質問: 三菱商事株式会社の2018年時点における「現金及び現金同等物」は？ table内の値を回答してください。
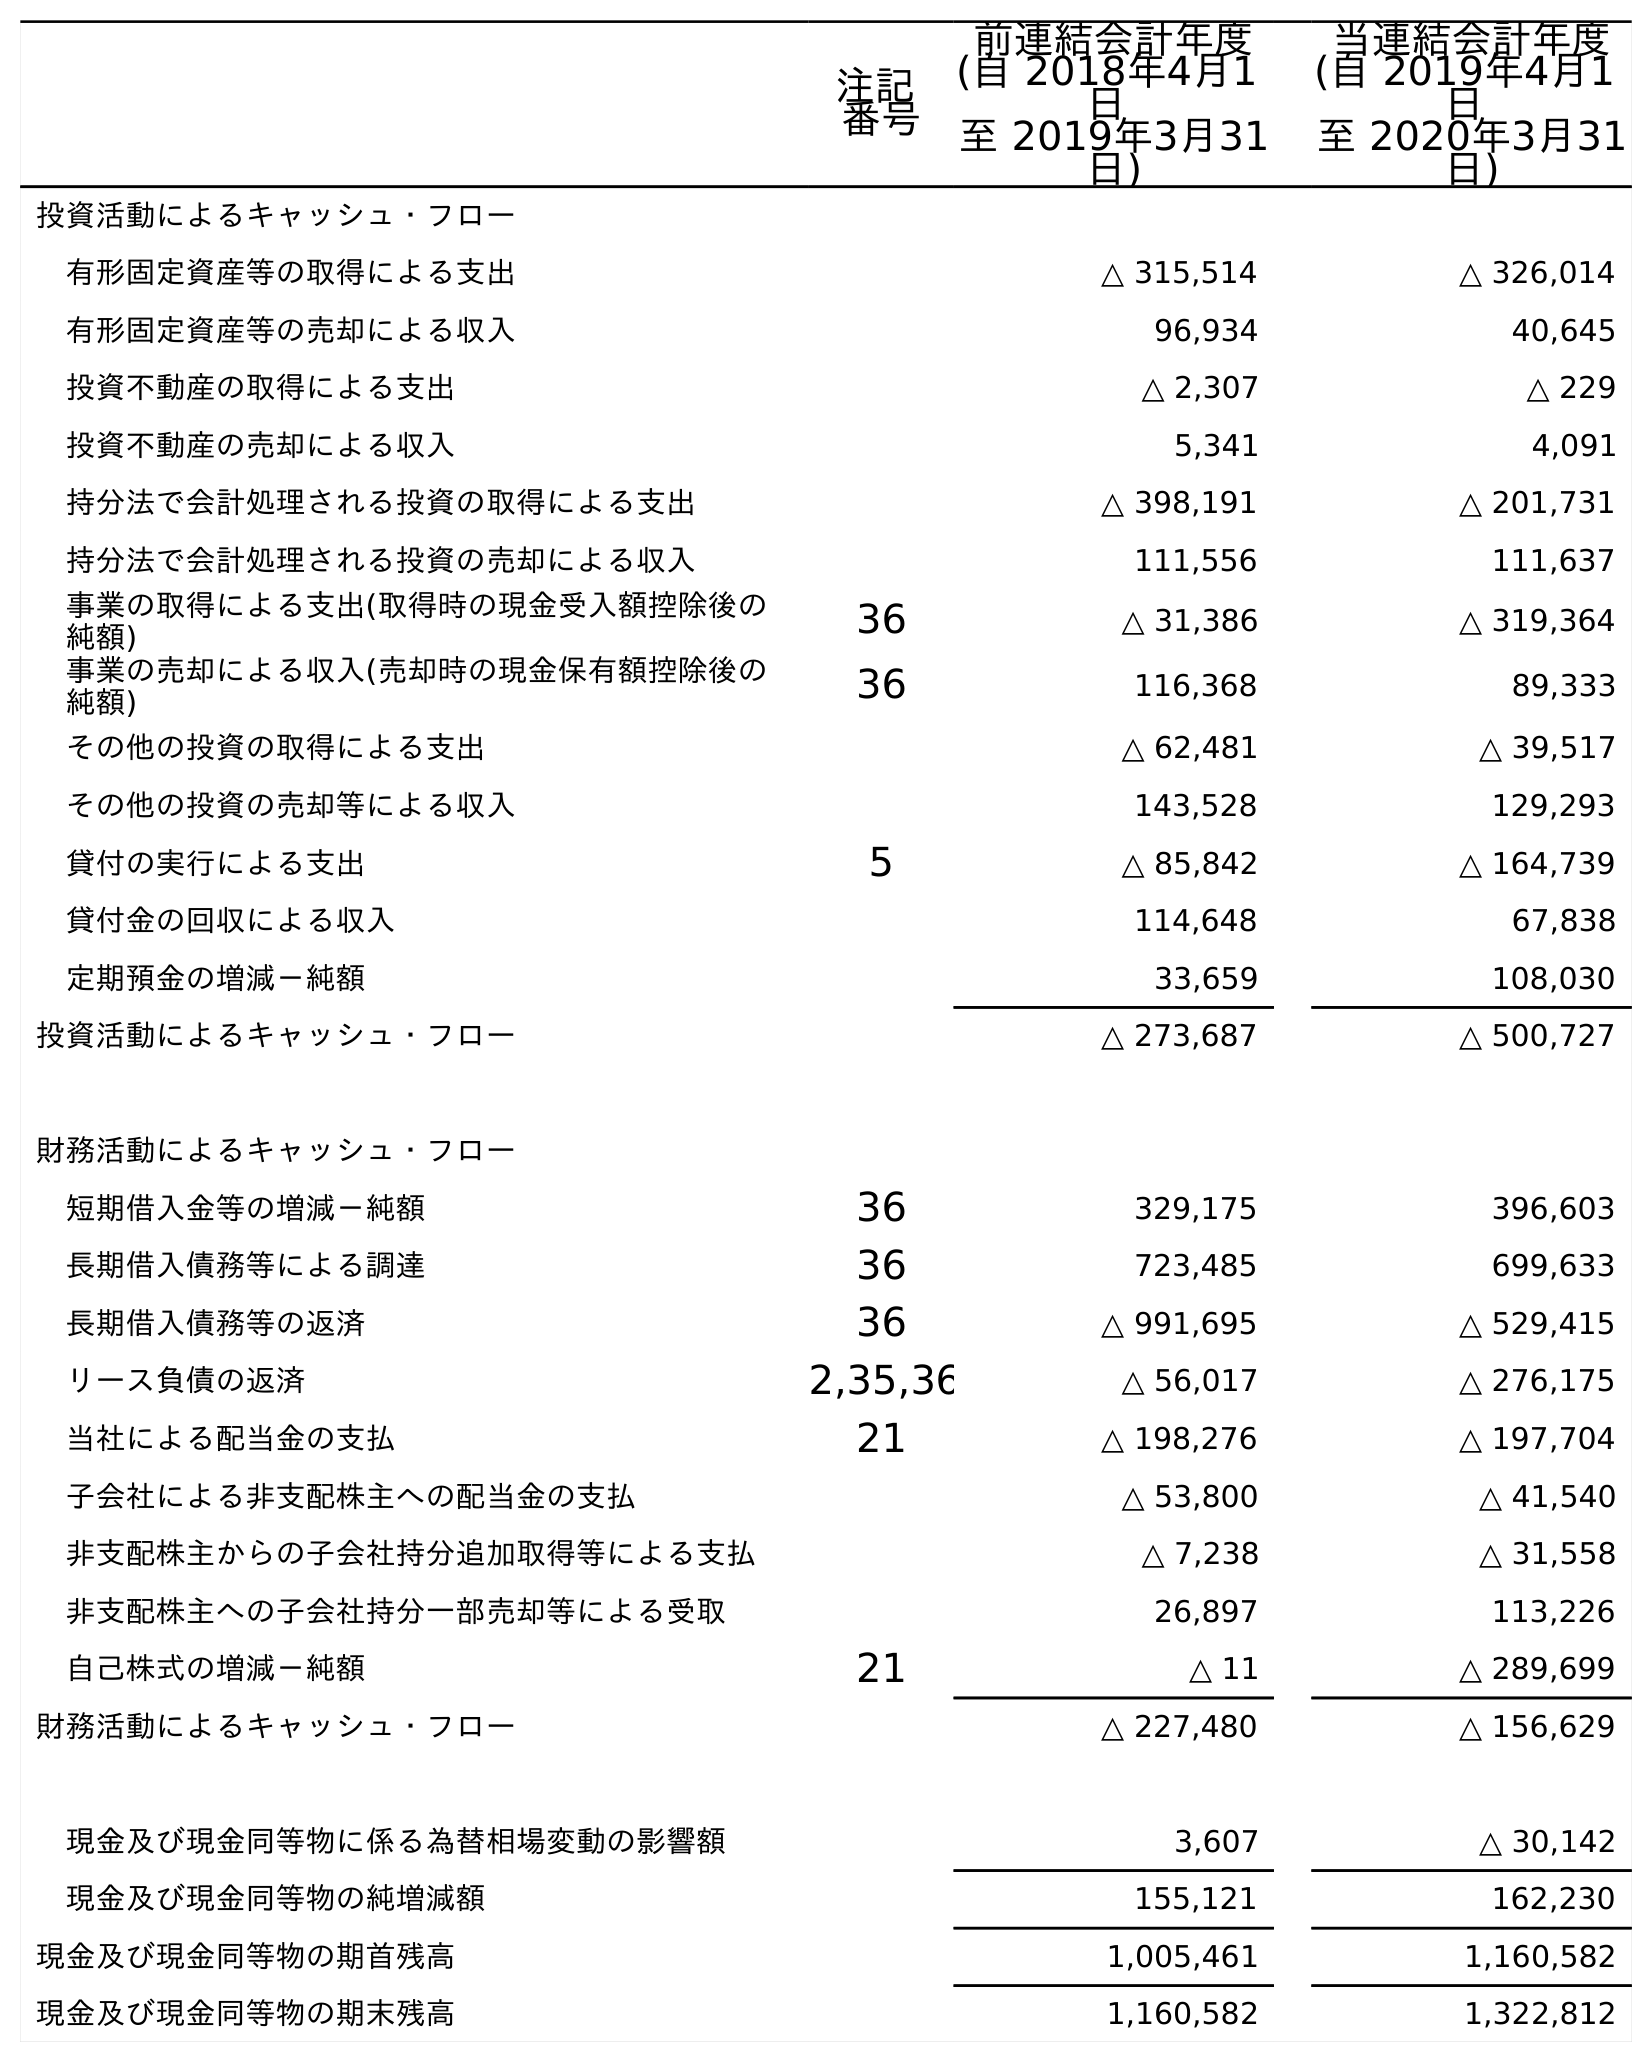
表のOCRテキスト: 注記 番号 前連結会計年度 (自 2018年4月1 日 至 2019年3月31 日) 当連結会計年度 (自 2019年4月1 日 至 2020年3月31 日) 投資活動によるキャッシュ・フロー 有形固定資産等の取得による支出 △ 315,514 △ 326,014 有形固定資産等の売却による収入 96,934 40,645 投資不動産の取得による支出 △ 2,307 △ 229 投資不動産の売却による収入 5,341 4,091 持分法で会計処理される投資の取得による支出 △ 398,191 △ 201,731 持分法で会計処理される投資の売却による収入 111,556 111,637 事業の取得による支出(取得時の現金受入額控除後の 純額) 36 △ 31,386 △ 319,364 事業の売却による収入(売却時の現金保有額控除後の 純額) 36 116,368 89,333 その他の投資の取得による支出 △ 62,481 △ 39,517 その他の投資の売却等による収入 143,528 129,293 貸付の実行による支出 5 △ 85,842 △ 164,739 貸付金の回収による収入 114,648 67,838 定期預金の増減－純額 33,659 108,030 投資活動によるキャッシュ・フロー △ 273,687 △ 500,727 財務活動によるキャッシュ・フロー 短期借入金等の増減－純額 36 329,175 396,603 長期借入債務等による調達 36 723,485 699,633 長期借入債務等の返済 36 △ 991,695 △ 529,415 リース負債の返済 2,35,36 △ 56,017 △ 276,175 当社による配当金の支払 21 △ 198,276 △ 197,704 子会社による非支配株主への配当金の支払 △ 53,800 △ 41,540 非支配株主からの子会社持分追加取得等による支払 △ 7,238 △ 31,558 非支配株主への子会社持分一部売却等による受取 26,897 113,226 自己株式の増減－純額 21 △ 11 △ 289,699 財務活動によるキャッシュ・フロー △ 227,480 △ 156,629 現金及び現金同等物に係る為替相場変動の影響額 3,607 △ 30,142 現金及び現金同等物の純増減額 155,121 162,230 現金及び現金同等物の期首残高 1,005,461 1,160,582 現金及び現金同等物の期末残高 1,160,582 1,322,812
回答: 1,005,461